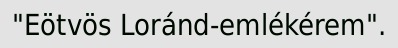
"Eötvös Loránd-emlékérem".